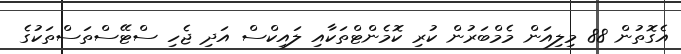
އެގޮތުން 88 މިލިއަން މެމްބަރުން ކުރި ކޮމެންޓްތަކާއި ލައިކްސް އަދި ޖެހި ސްޓޭސްތަސްތަކުގެ